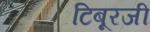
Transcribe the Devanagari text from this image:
टिबूरजी